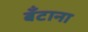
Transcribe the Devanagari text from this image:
बँटाना